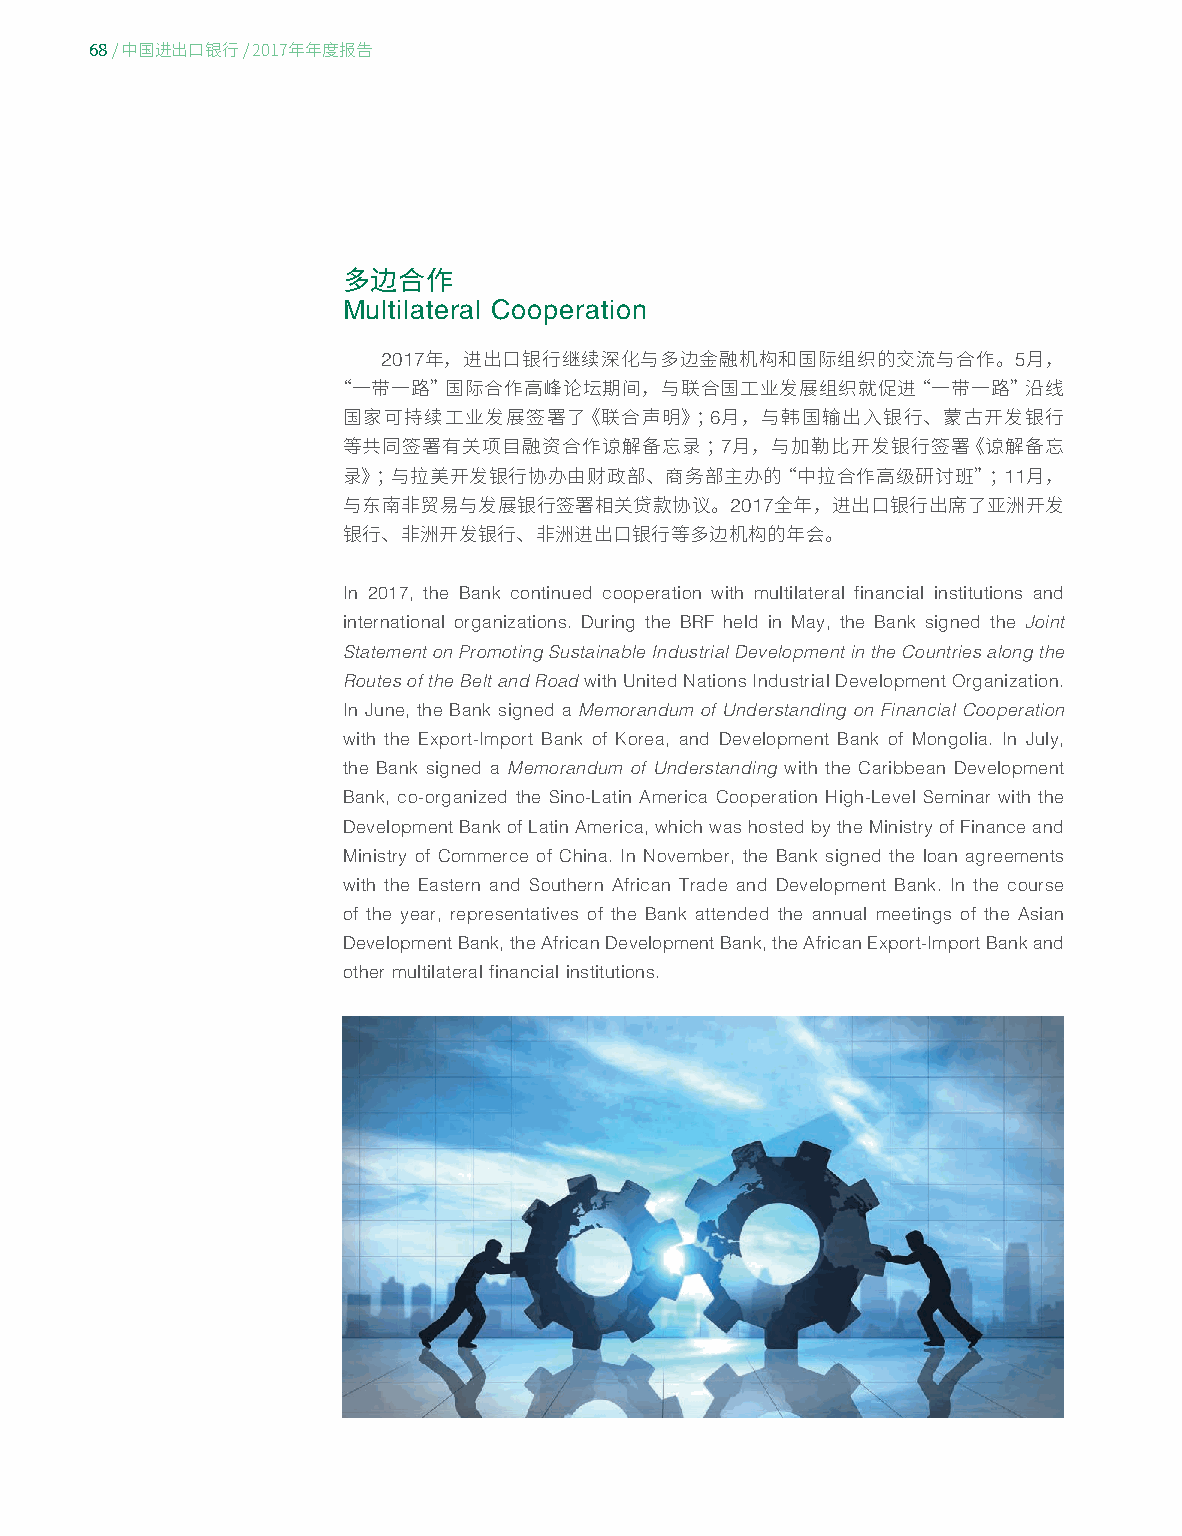
68
 / 中国进出口银行/ 2017年年度报告
 多边合作
 Multilateral Cooperation
 2017                                      5
 年，进出口银行继续深化与多边金融机构和国际组织的交流与合作。          月，
 “一带一路”国际合作高峰论坛期间，与联合国工业发展组织就促进“一带一路”沿线
 6
 国家可持续工业发展签署了《联合声明》；      月，与韩国输出入银行、蒙古开发银行
 7
 等共同签署有关项目融资合作谅解备忘录；      月，与加勒比开发银行签署《谅解备忘
 11
 录》；与拉美开发银行协办由财政部、商务部主办的“中拉合作高级研讨班”；          月，
 2017
 与东南非贸易与发展银行签署相关贷款协议。        全年，进出口银行出席了亚洲开发
 银行、非洲开发银行、非洲进出口银行等多边机构的年会。
 In 2017, the Bank continued cooperation with multilateral financial institutions and
 international organizations. During the BRF held in May, the Bank signed the Joint
 Statement on Promoting Sustainable Industrial Development in the Countries along the
 Routes of the Belt and Road with United Nations Industrial Development Organization.
 In June, the Bank signed a Memorandum of Understanding on Financial Cooperation
 with the Export-Import Bank of Korea, and Development Bank of Mongolia. In July,
 the Bank signed a Memorandum of Understanding with the Caribbean Development
 Bank, co-organized the Sino-Latin America Cooperation High-Level Seminar with the
 Development Bank of Latin America, which was hosted by the Ministry of Finance and
 Ministry of Commerce of China. In November, the Bank signed the loan agreements
 with the Eastern and Southern African Trade and Development Bank. In the course
 of the year, representatives of the Bank attended the annual meetings of the Asian
 Development Bank, the African Development Bank, the African Export-Import Bank and
 other multilateral financial institutions.